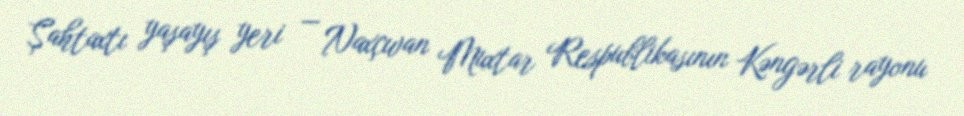
Şahtaxtı yaşayış yeri — Naxçıvan Muxtar Respublikasının Kəngərli rayonu